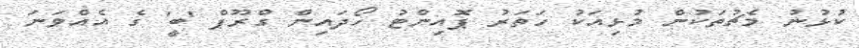
ކުޅުނު މެޗުތަކުން މުޅިއަކު ހަތަރު ޕޮއިންޓު ހޯދައިން ގްރޫޕް 'ބީ' ގެ އެއްވަނަ